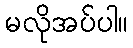
မလိုအပ်ပါ။